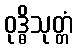
ဝုဒ္ဓိသုတ္တံ